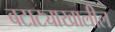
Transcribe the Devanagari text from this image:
बटाट्याखालील